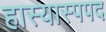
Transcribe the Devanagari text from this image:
हास्यास्पपद